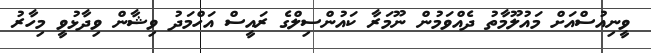
ވީނިއުސްއަށް މައުލޫމާތު ދެއްވަމުން ނޫމަރާ ކައުންސިލްގެ ރައީސް އަހްމަދު ވިޝާން ވިދާޅުވީ މިހާރު